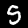
Digit: 5